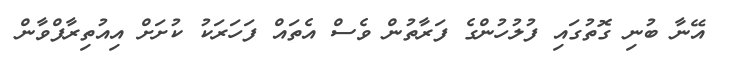
އޭނާ ބުނި ގޮތުގައި ފުލުހުންގެ ފަރާތުން ވެސް އެތައް ފަހަރަކު ކުށަށް އިއުތިރާފްވާން